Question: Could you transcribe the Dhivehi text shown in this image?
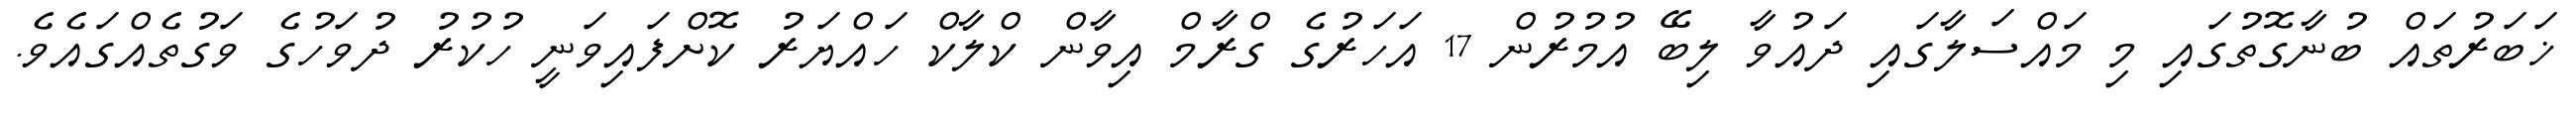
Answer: ޚަބަރުތައް ބުނާގޮތުގައި މި މައްސަލާގައި ދައުވާ ލިބޭ އުމުރުން 17 އަހަރުގެ ގްރާމް އިވާން ކްލާކް ހައްޔަރު ކޮށްފައިވަނީ ހުކުރު ދުވަހުގެ ވަގުތެއްގައެވެ.